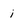
Character: i